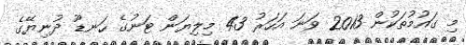
މި ގައުމުތަކުން 2013 ވަނަ އަހަރު 43 މިލިޔަން ޓަނުގެ ހަނޑޫ ދުނިޔޭގެ